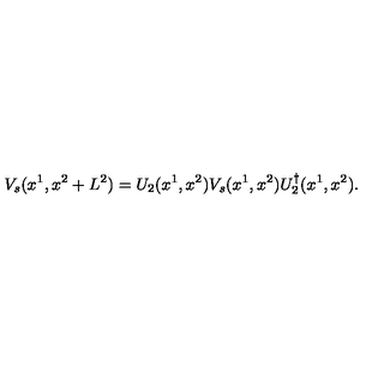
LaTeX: V _ { s } ( x ^ { 1 } , x ^ { 2 } + L ^ { 2 } ) = U _ { 2 } ( x ^ { 1 } , x ^ { 2 } ) V _ { s } ( x ^ { 1 } , x ^ { 2 } ) U _ { 2 } ^ { \dagger } ( x ^ { 1 } , x ^ { 2 } ) .